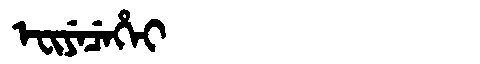
Manchu: ᡝᠸᡳᠶᡝᠴᡝᡥᡝᡳ
Romanization: EFIYECEHEI